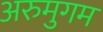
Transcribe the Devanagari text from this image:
अरुमुगम